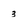
Character: 3